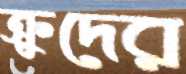
ক্রুদের